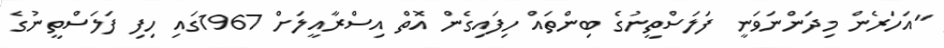
"އަހަރެން މިދަންނަވަނީ ފަލަސްތީނުގެ ބިންތައް ހިފައިގެން އޮތް އިސްރާއީލަށް 1967ގައި ހިފި ފަލަސްތީނުގެ